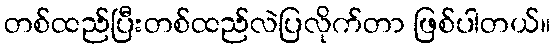
တစ်ထည်ပြီးတစ်ထည်လဲပြလိုက်တာ ဖြစ်ပါတယ်။